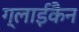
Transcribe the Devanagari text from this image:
ग्लाईकैन